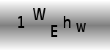
Text: 1WEhw